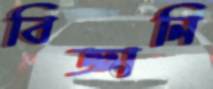
বিজ্ঞানি